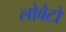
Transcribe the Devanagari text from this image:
लोबैटो